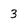
Character: 3